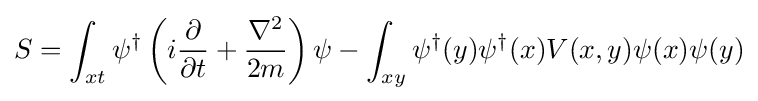
S=\int _{xt}\psi ^{\dagger }\left(i{\frac {\partial }{\partial t}}+{\nabla ^{2} \over 2m}\right)\psi -\int _{xy}\psi ^{\dagger }(y)\psi ^{\dagger }(x)V(x,y)\psi (x)\psi (y)